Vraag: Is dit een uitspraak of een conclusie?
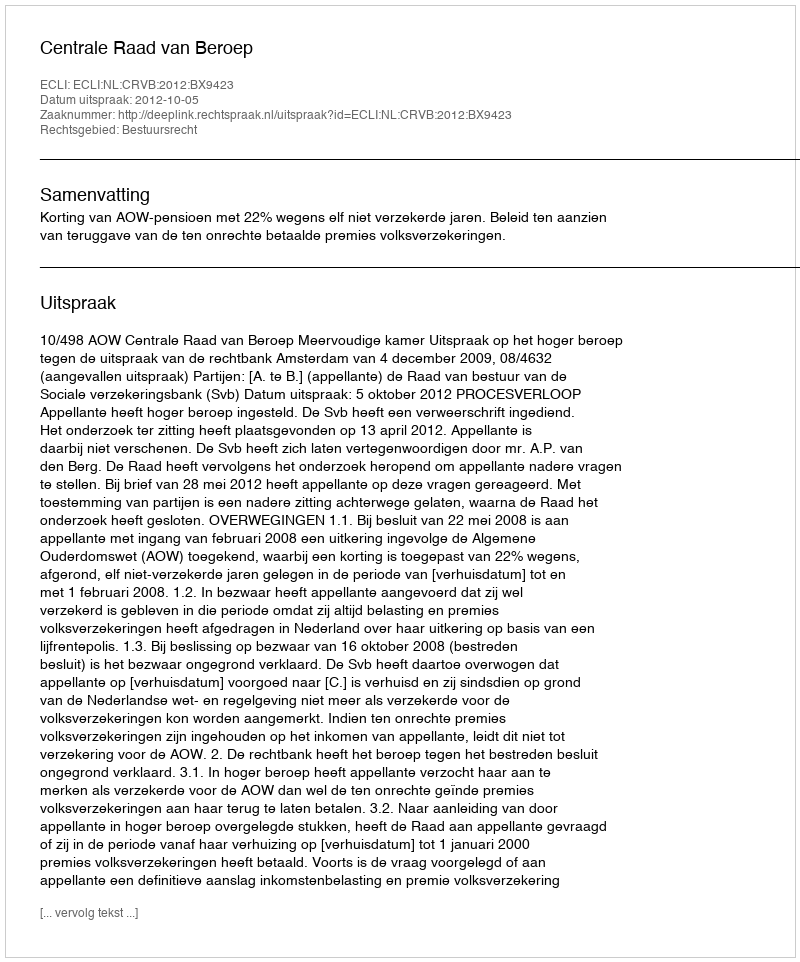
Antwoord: Uitspraak